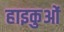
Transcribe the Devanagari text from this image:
हाइकुओं